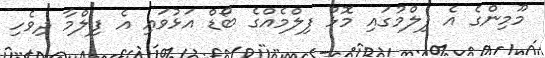
މޫމިންގެ އެ ފިލްމުގައި މޮޅު ފިލްމެއްގެ ބޯޑް އަޅުވައި އެ ފިލްމާ ދިވެހި